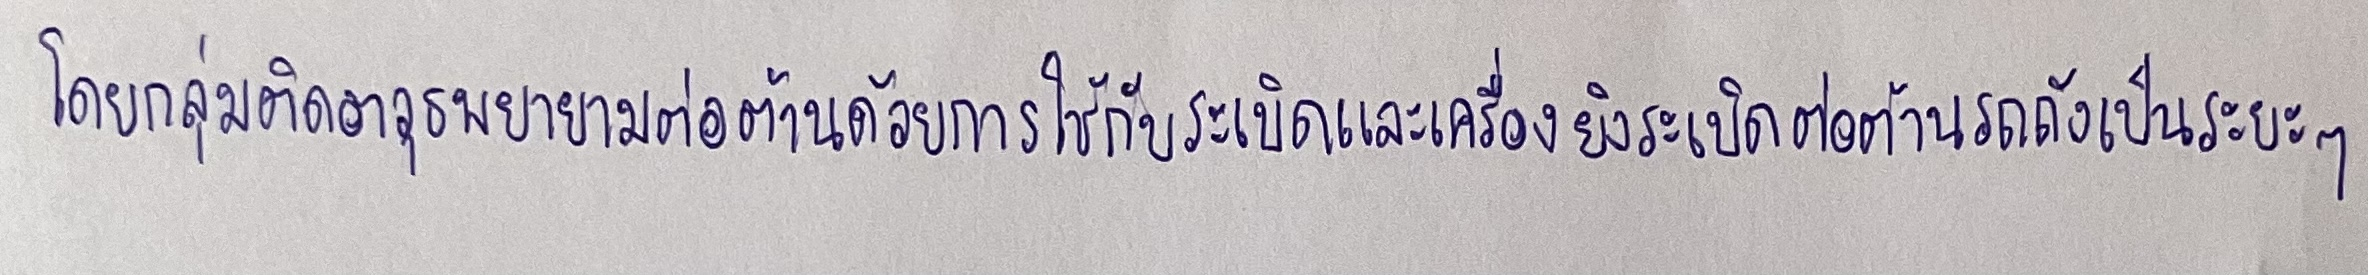
โดยกลุ่มติดอาวุธพยายามต่อต้านด้วยการใช้กับระเบิดและเครื่องยิงระเบิดต่อต้านรถถังเป็นระยะๆ